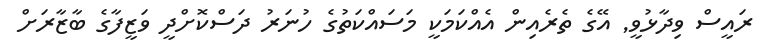
ރައީސް ވިދާޅުވީ